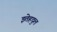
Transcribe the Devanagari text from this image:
इतेहदुल